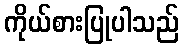
ကိုယ်စားပြုပါသည်